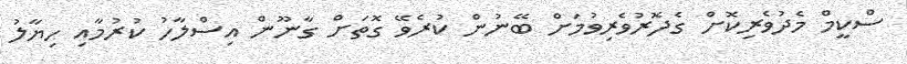
ސްކީމް މެދުވެރިކޮށް ގެދޮރުވެރިވުމަށް ބޭނުން ކުރެވޭ ގޮތަށް ގާނޫން އިސްލާހު ކުރުމާއި ހިޔާލު